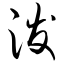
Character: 泼